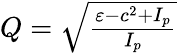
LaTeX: \begin{array}{r}{Q=\sqrt{\frac{\varepsilon-c^{2}+I_{p}}{I_{p}}}}\end{array}